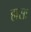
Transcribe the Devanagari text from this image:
हासः